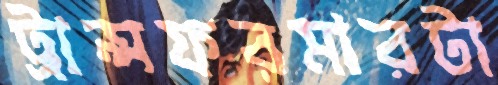
ট্রান্সফরমারটা